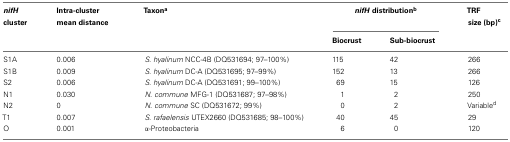
<table><thead><tr><td><b><i>nifH</i> cluster</b></td><td><b>Intra-cluster mean distance</b></td><td><b>Taxon<sup>a</sup></b></td><td colspan="2"><b><i>nifH</i> distribution<sup>b</sup></b></td><td><b>TRF size (bp)<sup>c</sup></b></td></tr><tr><td></td><td></td><td></td><td><b>Biocrust</b></td><td><b>Sub-biocrust</b></td><td></td></tr></thead><tbody><tr><td>S1A</td><td>0.006</td><td><i>S. hyalinum</i> NCC-4B (DQ531694; 97–100%)</td><td>115</td><td>42</td><td>266</td></tr><tr><td>S1B</td><td>0.009</td><td><i>S. hyalinum</i> DC-A (DQ531695; 97–99%)</td><td>152</td><td>13</td><td>266</td></tr><tr><td>S2</td><td>0.006</td><td><i>S. hyalinum</i> DC-A (DQ531691; 99–100%)</td><td>69</td><td>15</td><td>126</td></tr><tr><td>N1</td><td>0.030</td><td><i>N. commune</i> MFG-1 (DQ531687; 97–98%)</td><td>1</td><td>2</td><td>250</td></tr><tr><td>N2</td><td>0</td><td><i>N. commune</i> SC (DQ531672; 99%)</td><td>0</td><td>2</td><td>Variable<sup>d</sup></td></tr><tr><td>T1</td><td>0.007</td><td><i>S. rafaelensis</i> UTEX2660 (DQ531685; 98–100%)</td><td>40</td><td>45</td><td>29</td></tr><tr><td>O</td><td>0.001</td><td>α-Proteobacteria</td><td>6</td><td>0</td><td>120</td></tr></tbody></table>